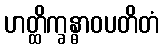
ဟတ္ထိက္ခန္ဓာဝပတိတံ